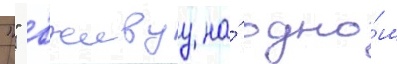
"" вживуу на́ одно́м